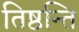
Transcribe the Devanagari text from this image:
तिष्ठन्ति